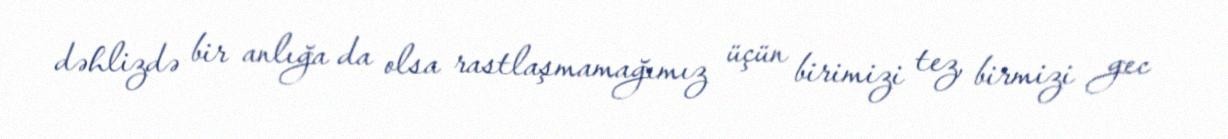
dəhlizdə bir anlığa da olsa rastlaşmamağımız üçün birimizi tez, birmizi gec